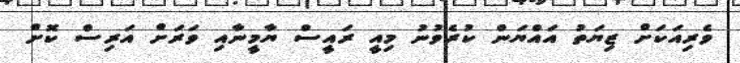
ވެރިއަކަށް ޒިޔަތު އައްޔަން ކުރެވުނު މިއީ ރައީސް ޔާމީނާއި ވަރަށް އަރިސް ކޮށް